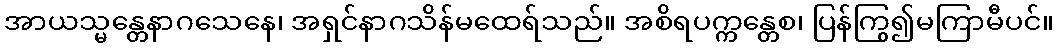
အာယသ္မန္တေနာဂသေနေ၊ အရှင်နာဂသိန်မထေရ်သည်။ အစိရပက္ကန္တေစ၊ ပြန်ကြွ၍မကြာမီပင်။